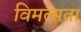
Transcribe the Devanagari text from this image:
विमत्सता